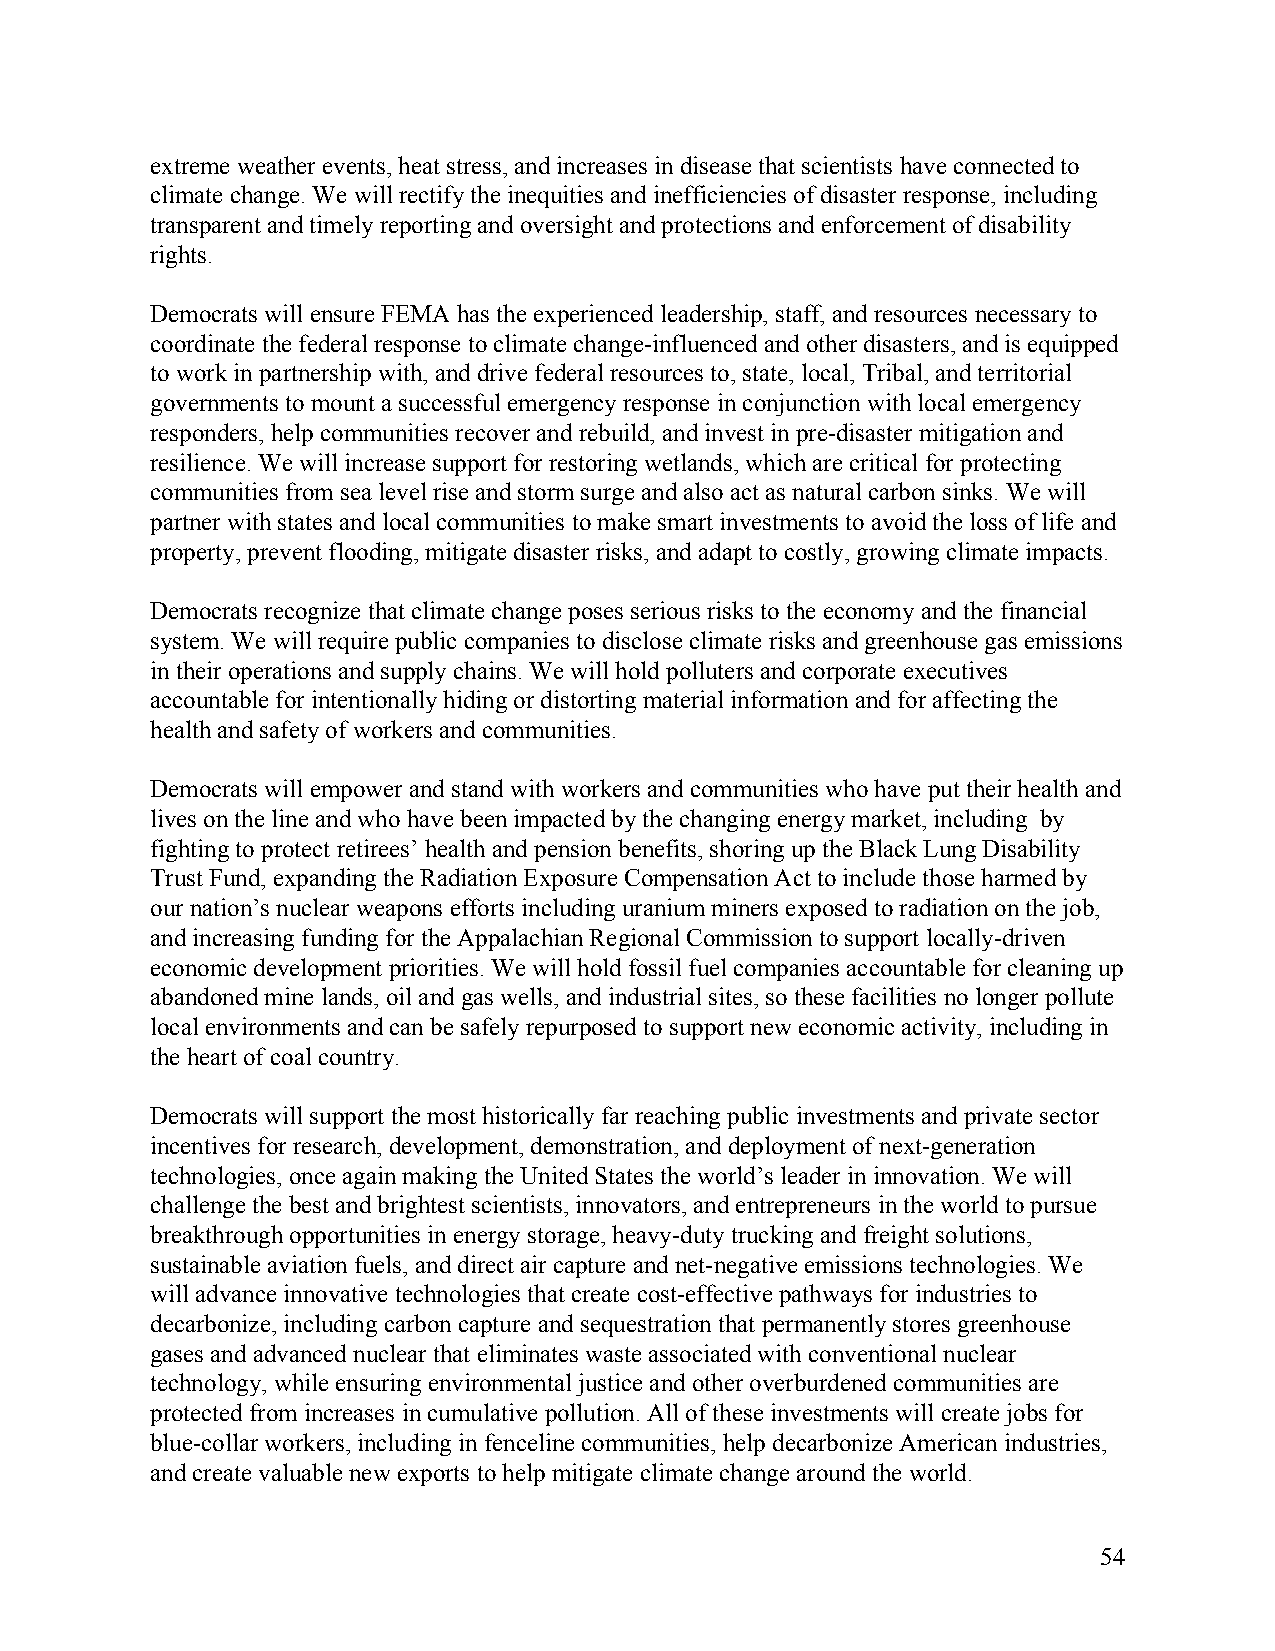
extreme weather events, heat stress, and increases in disease that scientists have connected to
 climate change. We will rectify the inequities and inefficiencies of disaster response, including
 transparent and timely reporting and oversight and protections and enforcement of disability
 rights.
 Democrats will ensure FEMA has the experienced leadership, staff, and resources necessary to
 coordinate the federal response to climate change-influenced and other disasters, and is equipped
 to work in partnership with, and drive federal resources to, state, local, Tribal, and territorial
 governments to mount a successful emergency response in conjunction with local emergency
 responders, help communities recover and rebuild, and invest in pre-disaster mitigation and
 resilience. We will increase support for restoring wetlands, which are critical for protecting
 communities from sea level rise and storm surge and also act as natural carbon sinks. We will
 partner with states and local communities to make smart investments to avoid the loss of life and
 property, prevent flooding, mitigate disaster risks, and adapt to costly, growing climate impacts.
 Democrats recognize that climate change poses serious risks to the economy and the financial
 system. We will require public companies to disclose climate risks and greenhouse gas emissions
 in their operations and supply chains. We will hold polluters and corporate executives
 accountable for intentionally hiding or distorting material information and for affecting the
 health and safety of workers and communities.
 Democrats will empower and stand with workers and communities who have put their health and
 lives on the line and who have been impacted by the changing energy market, including by
 fighting to protect retirees’ health and pension benefits, shoring up the Black Lung Disability
 Trust Fund, expanding the Radiation Exposure Compensation Act to include those harmed by
 our nation’s nuclear weapons efforts including uranium miners exposed to radiation on the job,
 and increasing funding for the Appalachian Regional Commission to support locally-driven
 economic development priorities. We will hold fossil fuel companies accountable for cleaning up
 abandoned mine lands, oil and gas wells, and industrial sites, so these facilities no longer pollute
 local environments and can be safely repurposed to support new economic activity, including in
 the heart of coal country.
 Democrats will support the most historically far reaching public investments and private sector
 incentives for research, development, demonstration, and deployment of next-generation
 technologies, once again making the United States the world’s leader in innovation. We will
 challenge the best and brightest scientists, innovators, and entrepreneurs in the world to pursue
 breakthrough opportunities in energy storage, heavy-duty trucking and freight solutions,
 sustainable aviation fuels, and direct air capture and net-negative emissions technologies. We
 will advance innovative technologies that create cost-effective pathways for industries to
 decarbonize, including carbon capture and sequestration that permanently stores greenhouse
 gases and advanced nuclear that eliminates waste associated with conventional nuclear
 technology, while ensuring environmental justice and other overburdened communities are
 protected from increases in cumulative pollution. All of these investments will create jobs for
 blue-collar workers, including in fenceline communities, help decarbonize American industries,
 and create valuable new exports to help mitigate climate change around the world.
 54